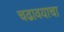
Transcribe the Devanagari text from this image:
चढावयाचा